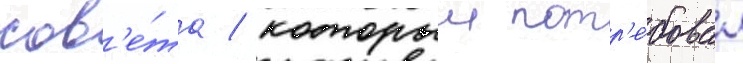
сов'е́та / которыи потр'е́бовал